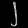
Digit: ၂